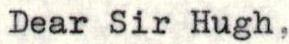
Dear Sir Hugh,